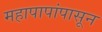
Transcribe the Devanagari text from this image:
महापापांपासून